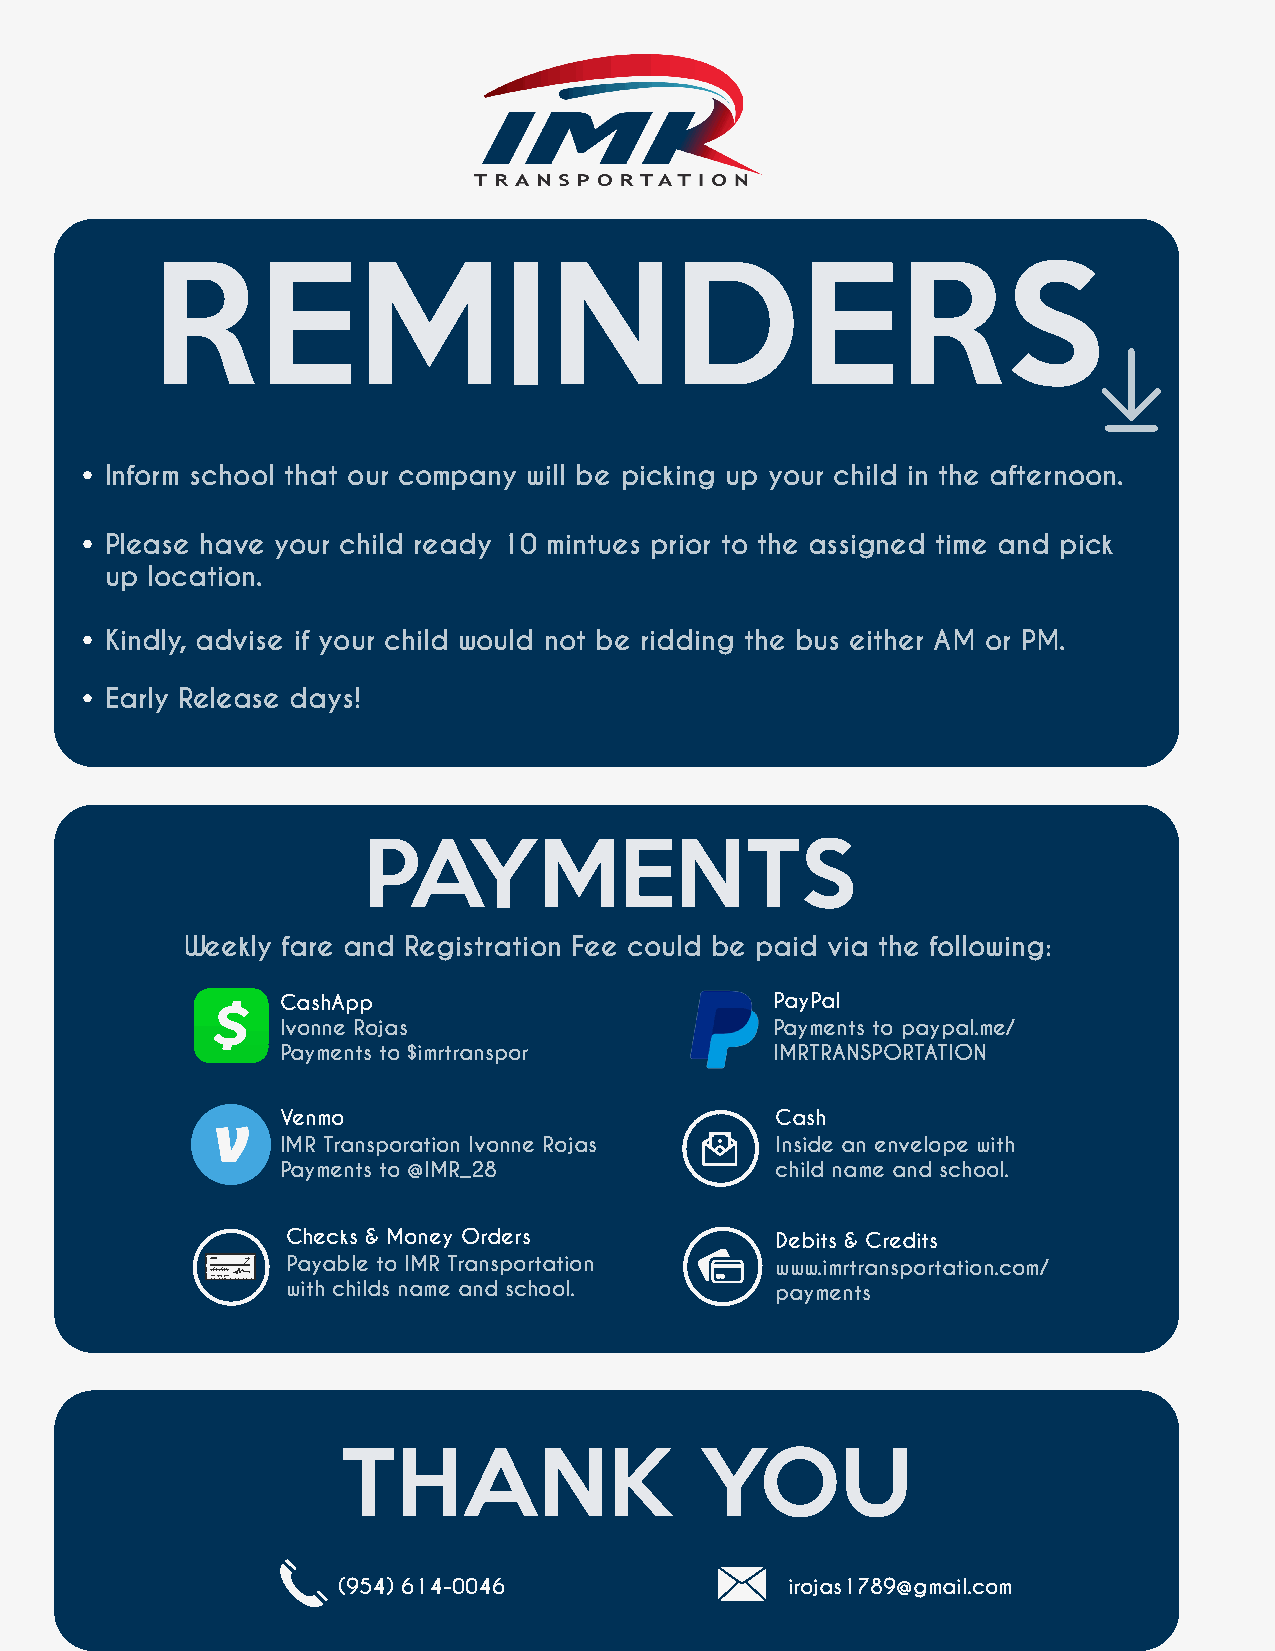
REMINDERS
 Inform school that our company will be picking up your child in the afternoon.
 Please have your child ready 10 mintues prior to the assigned time and pick
 up location.
 Kindly, advise if your child would not be ridding the bus either AM or PM.
 Early Release days!
 PAYMENTS
 Weekly fare and Registration Fee could be paid via the following:
 CashApp                         PayPal
 Ivonne Rojas                    Payments to paypal.me/
 Payments to $imrtranspor        IMRTRANSPORTATION
 AS AA                 Lorem ipsum
 Venmo                           Cash
 IMR Transporation Ivonne Rojas  Inside an envelope with
 Payments to @IMR_28             child name and school.
 ASAA
 Checks & Money Orders           Debits & Credits
 Payable to IMR Transportation   www.imrtransportation.com/
 with childs name and school.    payments
 S                               AS AA
 THANK                  YOU
 (954) 614-0046                irojas1789@gmail.com